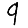
Digit: 9